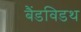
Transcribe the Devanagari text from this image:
बैंडविडथ